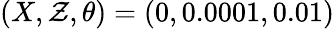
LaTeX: (X,\mathcal{Z},\theta)=(0,0.0001,0.01)